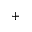
+